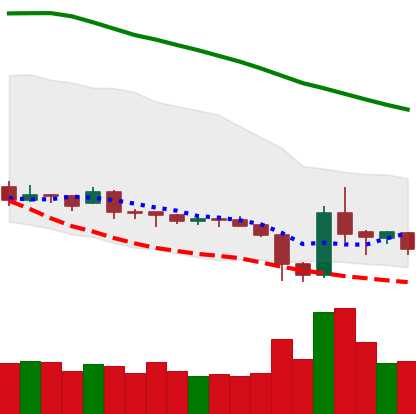
Ticker: XRP-USD
Chart end date: 2019-02-03
Forward return: 3.086%
Label: up_3_5